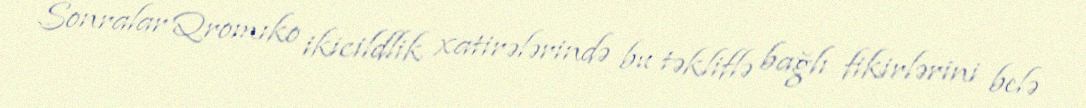
Sonralar Qromıko ikicildlik xatirələrində bu təkliflə bağlı fikirlərini belə